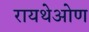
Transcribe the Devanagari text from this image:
रायथेओण